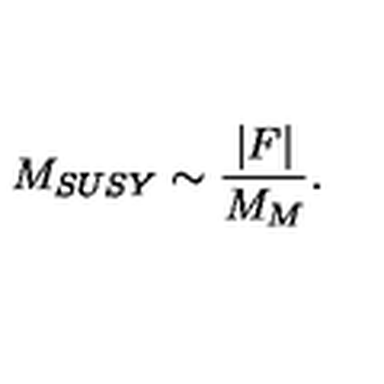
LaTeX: M _ { S U S Y } \sim { \frac { \vert F \vert } { M _ { M } } } .